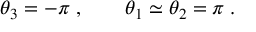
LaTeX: \theta _ { 3 } = - \pi \; , \qquad \theta _ { 1 } \simeq \theta _ { 2 } = \pi \; .